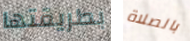
بطريقتها بالصلاة